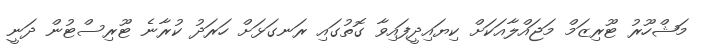
މަޝްހޫރު ޓޫރިޒަމް މަޖައްލާއަކަށް ކިޔައިދީފައިވާ ގޮތުގައި ރަނގަޅަށް ހަރަދު ކުރާނެ ޓޫރިސްޓުން ދަނީ